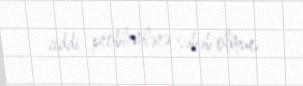
ciddi problemlərə səbəb olmur.